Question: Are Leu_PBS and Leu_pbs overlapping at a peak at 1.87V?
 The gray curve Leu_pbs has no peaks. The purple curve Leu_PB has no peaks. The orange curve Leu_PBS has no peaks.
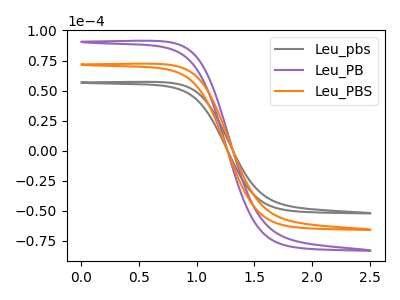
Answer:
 <answer>No, "Leu_PBS" and "Leu_pbs" dont share a peak at 1.87V.</answer>
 <eval>mismatch</eval>